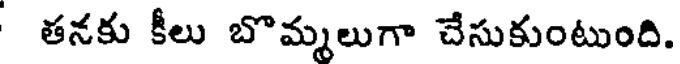
తనకు కీలు బొమ్మలుగా చేసుకుంటుంది.